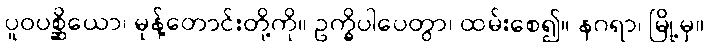
ပူဝပစ္ဆိယော၊ မုန့်တောင်းတို့ကို။ ဥက္ခိပါပေတွာ၊ ထမ်းစေ၍။ နဂရာ၊ မြို့မှ။